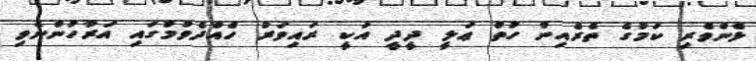
ޅެންވެރި ކަމުގެ ތެރެއިން ހުތް ޢަލީ ދީދީ އަކީ ރައިވަރު ހެއްދެވުމުގައި އަރާހުންނެވި